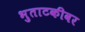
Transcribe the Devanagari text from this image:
भुताटकीवर